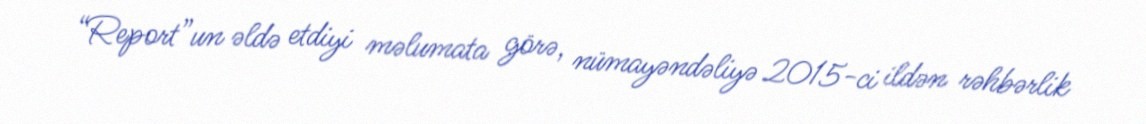
“Report”un əldə etdiyi məlumata görə, nümayəndəliyə 2015-ci ildən rəhbərlik